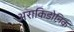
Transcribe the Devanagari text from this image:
अराकिडोनिक